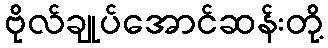
ဗိုလ်ချုပ်အောင်ဆန်းတို့